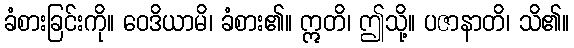
ခံစားခြင်းကို။ ဝေဒိယာမိ၊ ခံစား၏။ ဣတိ၊ ဤသို့။ ပဇာနာတိ၊ သိ၏။